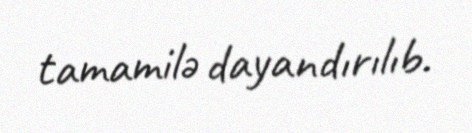
tamamilə dayandırılıb.